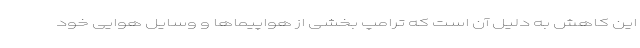
این کاهش به دلیل آن است که ترامپ بخشی از هواپیماها و وسایل هوایی خود